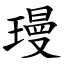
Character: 㻴